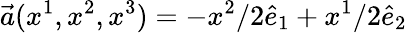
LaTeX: \vec{a}(x^{1},x^{2},x^{3})=-x^{2}/2\hat{e}_{1}+x^{1}/2\hat{e}_{2}